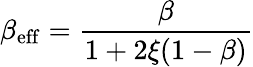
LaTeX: \beta_{\mathrm{eff}}=\frac{\beta}{1+2\xi(1-\beta)}